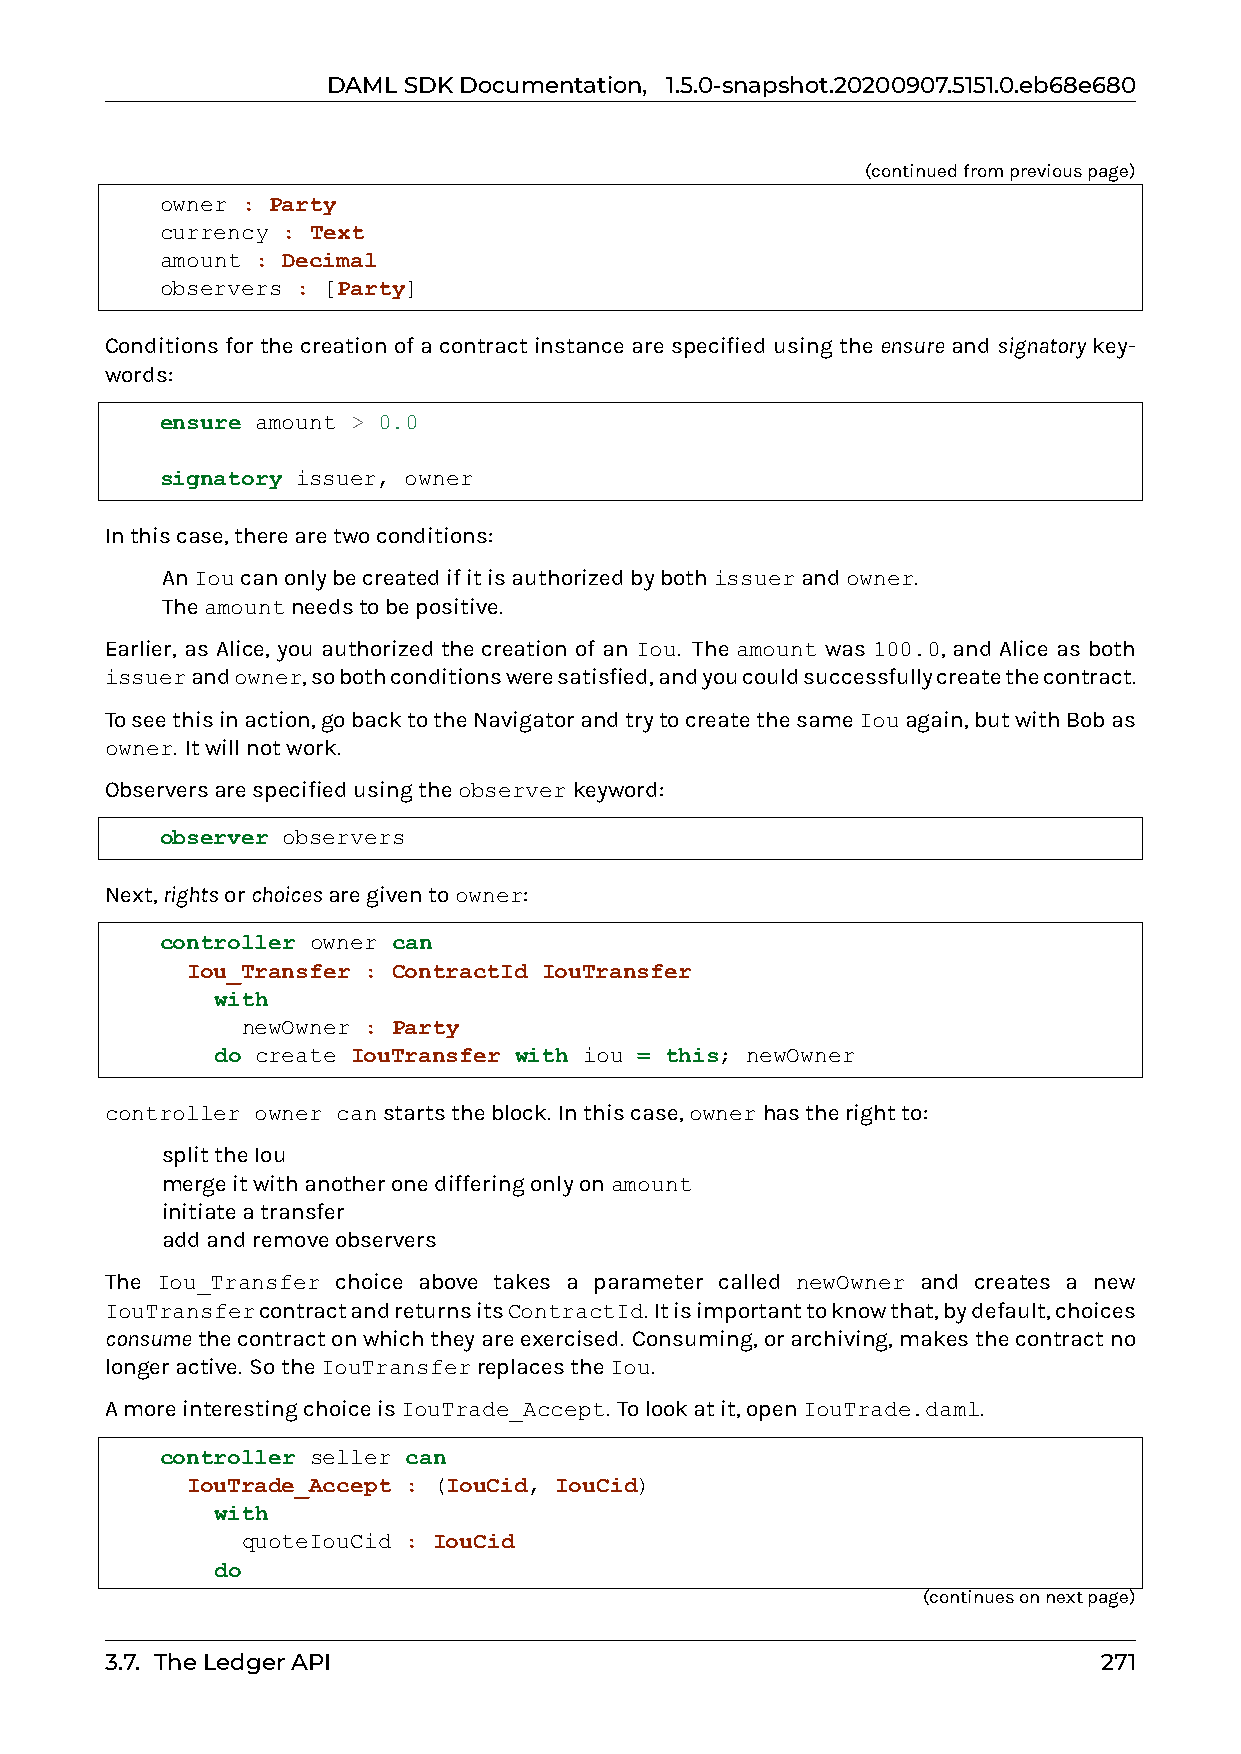
DAMLSDKDocumentation, 1.5.0-snapshot.20200907.5151.0.eb68e680
 (continuedfrompreviouspage)
 owner : Party
 currency : Text
 amount : Decimal
 observers : [Party]
 Conditions for the creation of a contract instance are specified using the ensure and signatory key-
 words:
 ensure amount > 0.0
 signatory issuer, owner
 Inthiscase,therearetwoconditions:
 0 AnIoucanonlybecreatedifitisauthorizedbybothissuerandowner.
 0 Theamountneedstobepositive.
 Earlier, as Alice, you authorized the creation of an Iou. The amount was 100.0, and Alice as both
 issuerandowner,sobothconditionsweresatisfied,andyoucouldsuccessfullycreatethecontract.
 Toseethisinaction,gobacktotheNavigatorandtrytocreatethesameIouagain,butwithBobas
 owner. Itwillnotwork.
 Observersarespecifiedusingtheobserverkeyword:
 observer observers
 Next,rightsorchoicesaregiventoowner:
 controller owner can
 Iou_Transfer : ContractId IouTransfer
 with
 newOwner : Party
 do create IouTransfer with iou = this; newOwner
 controller owner canstartstheblock. Inthiscase,ownerhastherightto:
 0 splittheIou
 0 mergeitwithanotheronedifferingonlyonamount
 0 initiateatransfer
 0 addandremoveobservers
 The Iou_Transfer choice above takes a parameter called newOwner and creates a new
 IouTransfercontractandreturnsitsContractId. Itisimportanttoknowthat,bydefault,choices
 consumethecontractonwhichtheyareexercised. Consuming,orarchiving,makesthecontractno
 longeractive. SotheIouTransferreplacestheIou.
 AmoreinterestingchoiceisIouTrade_Accept. Tolookatit,openIouTrade.daml.
 controller seller can
 IouTrade_Accept : (IouCid, IouCid)
 with
 quoteIouCid : IouCid
 do
 (continuesonnextpage)
 3.7. TheLedgerAPI                                                 271